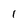
Character: l